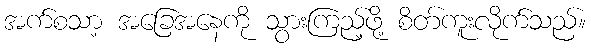
အက်စသာ့ အခြေအနေကို သွားကြည့်ဖို့ စိတ်ကူးလိုက်သည်။